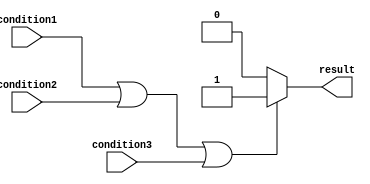
module behavioral_modeling_block(
    input wire condition1,
    input wire condition2,
    input wire condition3,
    output reg result
);

always @(*)
begin
    if (condition1 || condition2 || condition3) begin
        result <= 1;
    end
    else begin
        result <= 0;
    end
end

endmodule